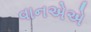
વાનએએ